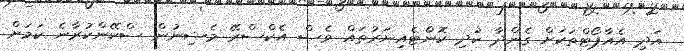
އަދި އެއާޕޯޓްތަކަށް ގެންދާ ކުދި ކޮންެޓެއިނަރުތައް ވެސް އެކްސްރޭ މެޝިނުން ސްކޭންކުރާނެ ކަމަށް